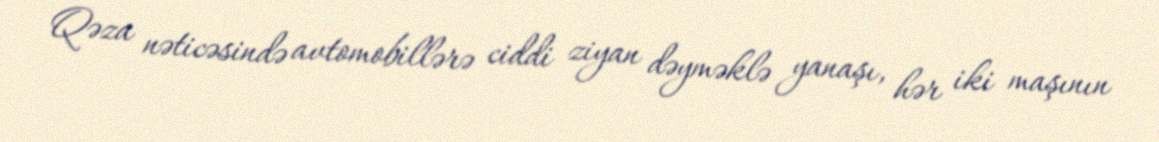
Qəza nəticəsində avtomobillərə ciddi ziyan dəyməklə yanaşı, hər iki maşının